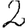
Digit: 2